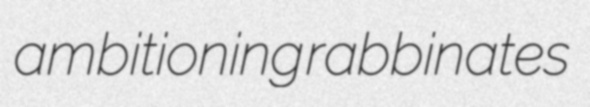
ambitioning rabbinates